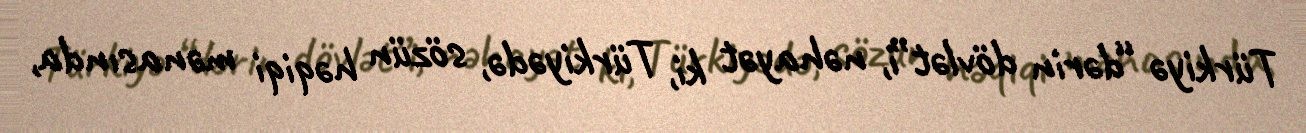
Türkiyə “dərin dövlət”i, nəhayət ki, Türkiyədə, sözün həqiqi mənasında,